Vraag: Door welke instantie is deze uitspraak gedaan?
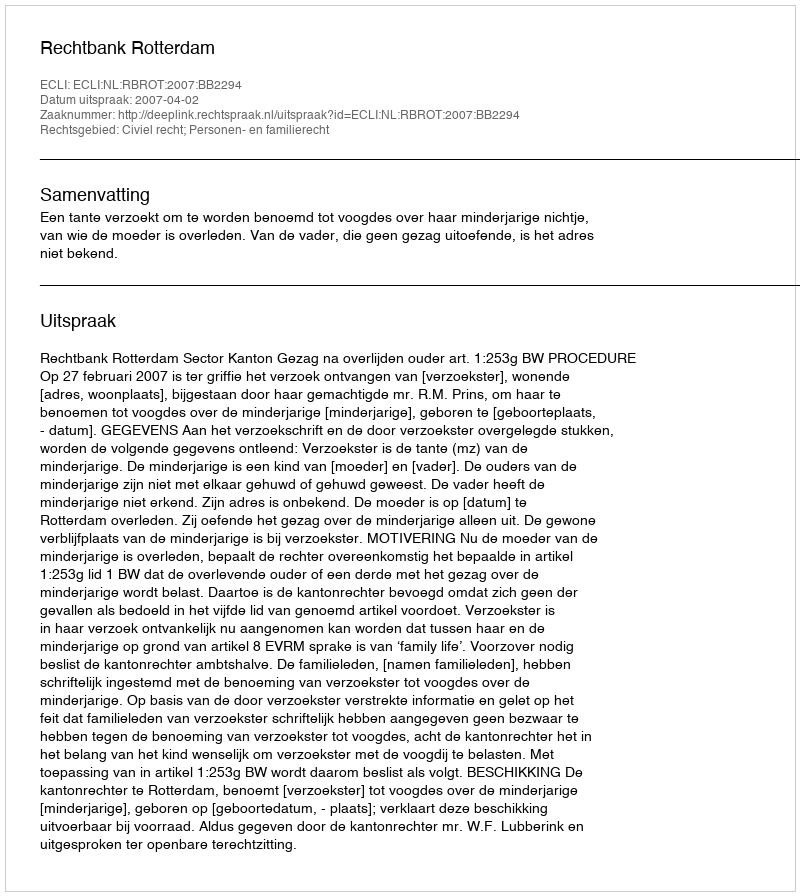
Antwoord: Rechtbank Rotterdam